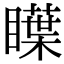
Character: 瞸